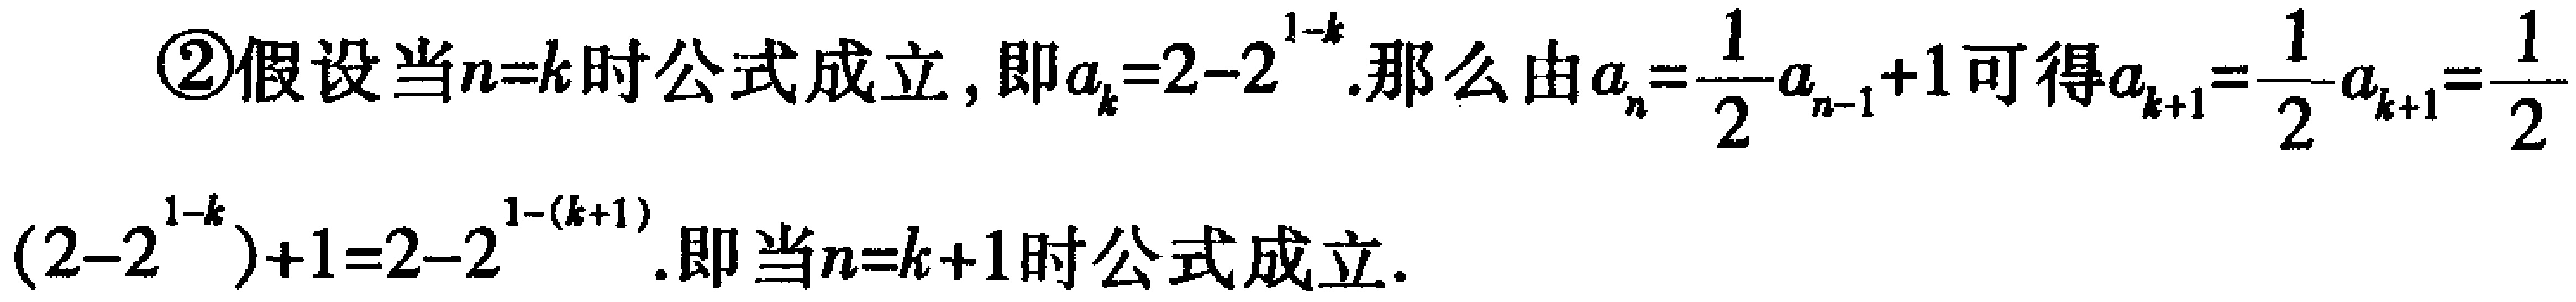
\textcircled{2}假设当\(n = k\)时公式成立，即\(a_{k}=2 - 2^{1 - k}\).那么由\(a_{n}=\frac{1}{2}a_{n - 1}+1\)可得\(a_{k + 1}=\frac{1}{2}a_{k}=\frac{1}{2}(2 - 2^{1 - k})+1=2 - 2^{1-(k + 1)}\).即当\(n = k + 1\)时公式成立.